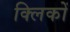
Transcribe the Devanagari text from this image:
क्लिकों